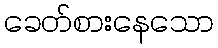
ခေတ်စားနေသော